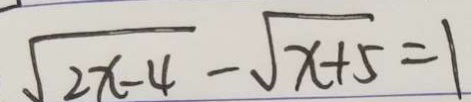
\sqrt { 2 x - 4 } - \sqrt { x + 5 } = 1